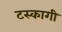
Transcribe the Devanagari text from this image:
टस्कागी